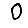
Digit: 0